Civil Veterinary Dept. Bombay admin report 1907-1913 - 1907-1913
Year: 1907
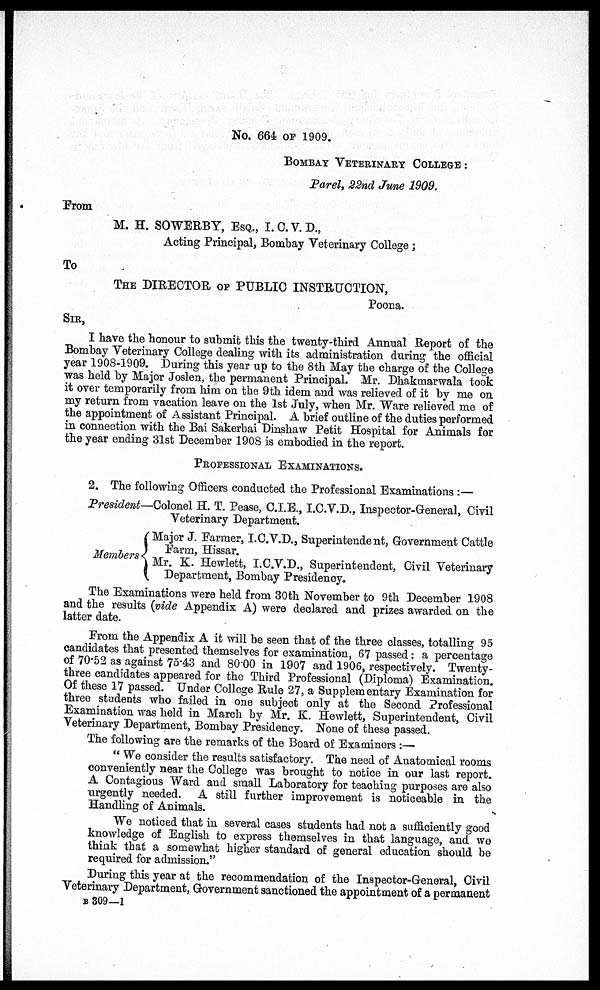
No. 664 of 1909.
Bombay Veterinary College :
Parel, 22nd June 1909.
From
M. H. SOWERBY, Esq., I. C. V. D.,
Acting Principal, Bombay Veterinary College ;
To
The DIRECTOR of PUBLIC INSTRUCTION,
Poona.
SIR
I have the honour to submit this the twenty-third Annual Report of the
Bombay Veterinary College dealing with its administration during the official
year 1908-1909. During this year up to the 3th May the charge of the College
was held by Major Joslen, the permanent Principal. Mr. Dhakmarwala took
it over temporarily from him on the 9th idem and was relieved of it by me on
my return from vacation leave on the 1st July, when Mr. Ware relieved me of
the appointment of Assistant Principal. A brief outline of the duties performed
in connection with the Bai Sakerbai Dinshaw Petit Hospital for Animals for
the year ending 31st December 1908 is embodied in the report.
PROFESSIONAL EXAMINATIONS.2. The following Officers conducted the Professional Examinat
President—Colonel H. T. Pease, C.I.E., I.C.V.D., Inspector-General, Civil
Veterinary Department.
Members
Major J. Farmer, I.C.V.D., Superintendent, Government Cattle
Earrn, Hissar.
Mr. K. Hewlett, I.C.V.D., Superintendent, Civil Veterinary
Department, Bombay Presidency.
The Examinations were held from 30th November to 9th December 1908
and the results (vide Appendix A) were declared and prizes awarded on the
latter date.
From the Appendix A it will be seen that of the three classes, totalling 95
candidates that presented themselves for examination, 67 passed : a percentage
of 70.52 as against 75.43 and 80.00 in 1907 and 1906, respectively. Twenty-
three candidates appeared for the Third Professional (Diploma) Examination.
Of these 17 passed. Under College Rule 27, a Supplementary Examination for
three students who failed in one subject only at the Second Professional
Examination was held in March by Mr. E. Hewlett, Superintendent, Civil
Veterinary Department, Bombay Presidency. None of these passed.
The following are the remarks of the Board of Examiners :—
" We consider the results satisfactory. The need of Anatomical rooms
conveniently near the College was brought to notice in our last report.
A Contagious Ward and small Laboratory for teaching purposes are also
urgently needed. A still further improvement is noticeable in the
Handling of Animals.
We noticed that in several cases students had not a sufficiently good
knowledge of English to express themselves in that language, and wo
think that a somewhat higher standard of general education should be
required for admission."
During this year at the recommendation of the Inspector-General, Civil
Veterinary Department, Government sanctioned the appointment of a permanent
b 309—1